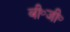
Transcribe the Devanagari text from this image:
बी॰जी॰